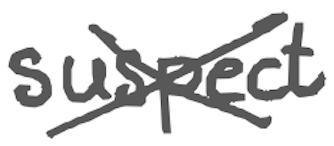
Text: suspect
Cross-out: cross
Writing tool: digital_gray